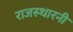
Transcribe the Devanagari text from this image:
राजस्थारनी